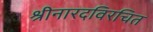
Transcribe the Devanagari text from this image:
श्रीनारदविरचित